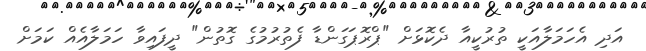
އަދި އެހަމަލާއަކީ ތުރުކީއާ ދެކޮޅަށް "ޕްރޮޕަގަންޑާ ފެތުރުމުގެ ގޮތުން" ދީފައިވާ ހަމަލާއެއް ކަމަށް